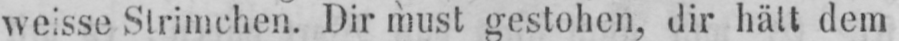
weisse Strimchen. Dir must gestohen, dir hält dem